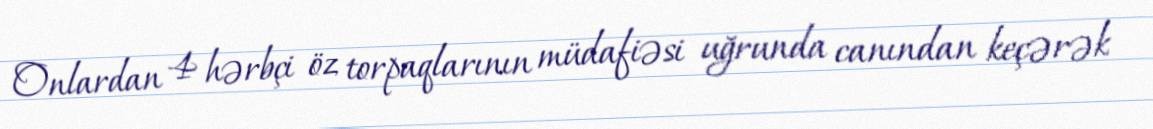
Onlardan 4 hərbçi öz torpaqlarının müdafiəsi uğrunda canından keçərək